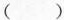
( )